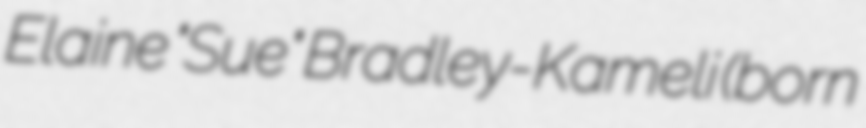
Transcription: Elaine "Sue" Bradley-Kameli (born